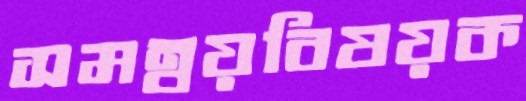
সমন্বয়বিষয়ক